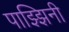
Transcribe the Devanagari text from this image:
पाझ्झिनी